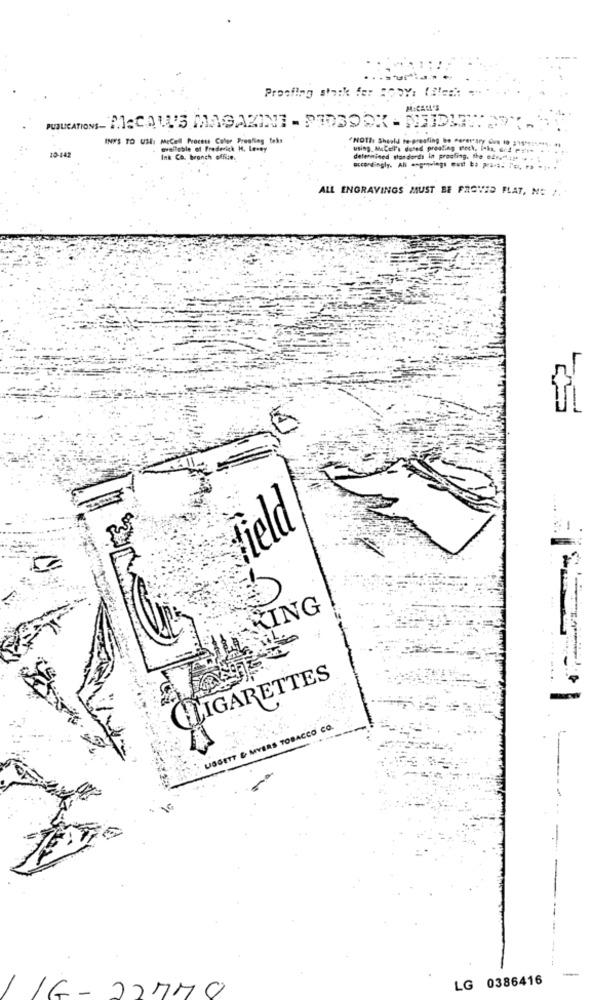
PUBLICATIONS-PASCAL'S MAGAZINI - PIDEOSX - NUDIT: ...
INPS TO USE: MeCell Process Color Proofing feks
"NOThe Should to-proofing be Pereirary due 10 24
10-142
available of Frederick H. Lewey
using. AcCell's doted preating check, laks, 6.4
Ink Co. branch office.
determined standards In proofing. the ednamir
ALL ENGRAVINGS MUST BE PROVED FLAT, NO /. -
Field
SIMMING
LIL.
GLIGARETTES
USGETT & MYERS TOBACCO CO.
---
-
LG 0386416
-